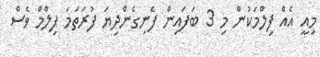
މިއީ އެއް ފިލްމަކުން މި 3 ބަފައިން ފެނިގެންދިޔަ ފުރަތަމަ ފިލްމް ވެސް